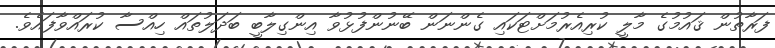
ފަރާތުން ޤައުމުގެ މާލީ ކުރިއެރުމަށްޓަކައި ގެންނަން ބޭނުންފުޅުވާ އިންގިލާބީ ބަދަލުތައް ހިއްސާ ކުރައްވާފައެވެ.